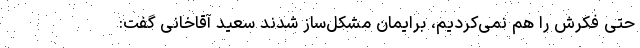
حتی فکرش را هم نمی‌کردیم، برایمان مشکل‌ساز شدند سعید آقاخانی گفت: